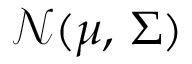
{ \mathcal { N } } ( { \boldsymbol { \mu } } , \, { \boldsymbol { \Sigma } } )